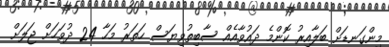
މިންގަނޑަށް ބަލާއިރު ކޮންމެ ދައުވާއެއް ސާބިތުވިޔަސް ހަތަރު މަހާ 24 ދުވަހަށް ޖަލަށް